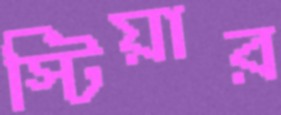
স্টিয়ার